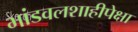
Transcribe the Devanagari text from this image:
भांडवलशाहीपेक्षा